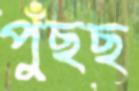
পুঁছছ